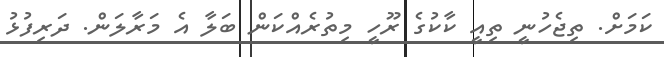
ކަމަށް. ތިޖެހުނީ ތިއީ ކާކުގެ ރޫހީ މިތުރެއްކަން ބަލާ އެ މަރާލަން. ދަރިފުޅު